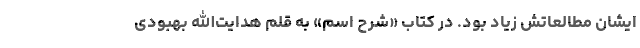
‌ایشان مطالعاتش زیاد بود. در کتاب «شرح اسم» به قلم هدایت‌الله بهبودی